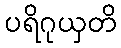
ပရိဂုယှတိ